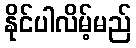
နိုင်ပါလိမ့်မည်